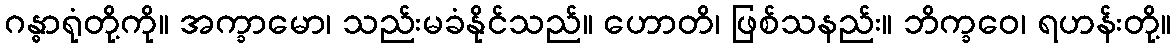
ဂန္ဓာရုံတို့ကို။ အက္ခာမော၊ သည်းမခံနိုင်သည်။ ဟောတိ၊ ဖြစ်သနည်း။ ဘိက္ခဝေ၊ ရဟန်းတို့။